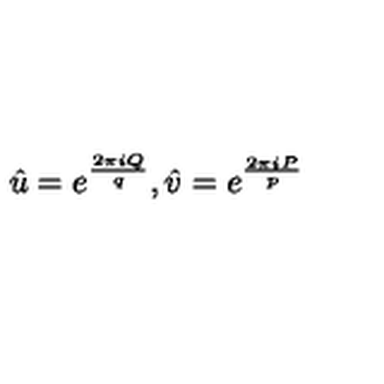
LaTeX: \hat { u } = e ^ { \frac { 2 \pi i Q } { q } } , \hat { v } = e ^ { \frac { 2 \pi i P } { p } }